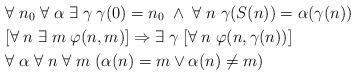
LaTeX: \begin{align*}& \forall \; n_0 \; \forall \; \alpha \; \exists \; \gamma \; \gamma(0) =n_0 \; \wedge \; \forall \; n \; \gamma(S(n))=\alpha(\gamma(n)) \\ & [\forall \; n \; \exists \; m \; \varphi(n,m)]\Rightarrow \exists \; \gamma \; [\forall \; n \; \varphi(n, \gamma(n))] \\& \forall \; \alpha \; \forall \; n \; \forall \; m \; (\alpha(n)=m \vee \alpha(n)\neq m)\end{align*}